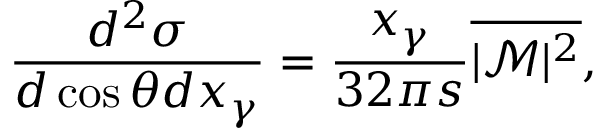
\frac { d ^ { 2 } \sigma } { d \cos \theta d x _ { \gamma } } = \frac { x _ { \gamma } } { 3 2 \pi s } \overline { { { | \mathcal { M } | ^ { 2 } } } } ,